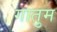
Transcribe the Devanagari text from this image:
गातुम